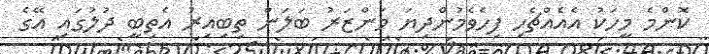
ކޮންމެ މީހަކު އެއެއްޗެހި ފިހެވެމުންދިޔަ މަންޒަރު ބަލަން ތިބިއިރު އެތިބީ ދުލުގައި އޭގެ